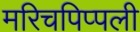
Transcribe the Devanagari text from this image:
मरिचपिप्पली